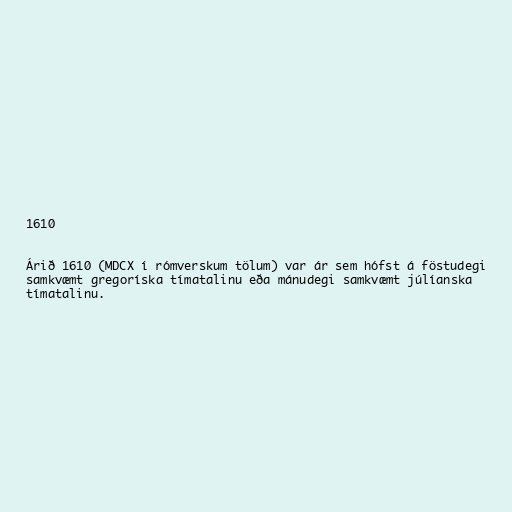
1610

Árið 1610 (MDCX í rómverskum tölum) var ár sem hófst á föstudegi
samkvæmt gregoríska tímatalinu eða mánudegi samkvæmt júlíanska
tímatalinu.